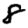
Digit: 8